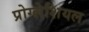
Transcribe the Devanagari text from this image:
प्रोग्लेशियल